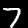
Label: 7